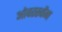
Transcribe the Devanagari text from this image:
ओवरस्कैन